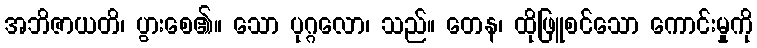
အဘိဇာယတိ၊ ပွားစေ၏။ သော ပုဂ္ဂလော၊ သည်။ တေန၊ ထိုဖြူစင်သော ကောင်းမှုကို